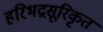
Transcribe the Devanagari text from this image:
हरिभद्रसूरिकृत